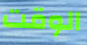
الوقت